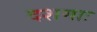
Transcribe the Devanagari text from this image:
दशमाः